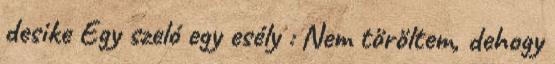
desike Egy szeló egy esély : Nem töröltem, dehogy